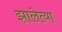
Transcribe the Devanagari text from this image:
झालेत्या